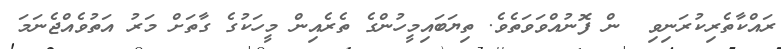
ރައްކާތެރިކުރަނިވި  ން ފޮނުއްވަވަތެވެ. ތިޔަބައިމީހުންގެ ތެރެއިން މީހަކުގެ ގާތަށް މަރު އަތުވެއްޖެނަމަ